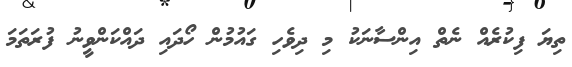
ތިޔަ ފިކުރެއް ނެތް އިންސާނަކު މި ދިވެހި ގައުމުން ހޯދައި ދައްކަންވީނު ފުރަތަމަ